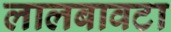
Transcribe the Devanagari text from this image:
लालबावटा